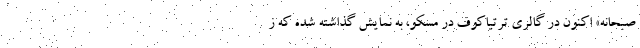
صبحانه» اکنون در گالری ترتیاکوف در مسکو، به نمایش گذاشته شده که ز